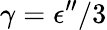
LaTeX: \gamma=\epsilon^{\prime\prime}/3